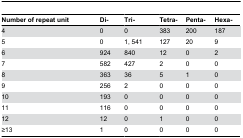
| Number of repeat unit | Di- | Tri- | Tetra- | Penta- | Hexa- |
 | --- | --- | --- | --- | --- | --- |
 | 4 | 0 | 0 | 383 | 200 | 187 |
 | 5 | 0 | 1, 541 | 127 | 20 | 9 |
 | 6 | 924 | 840 | 12 | 0 | 2 |
 | 7 | 582 | 427 | 2 | 0 | 0 |
 | 8 | 363 | 36 | 5 | 1 | 0 |
 | 9 | 256 | 2 | 0 | 0 | 0 |
 | 10 | 193 | 0 | 0 | 0 | 0 |
 | 11 | 116 | 0 | 0 | 0 | 0 |
 | 12 | 12 | 0 | 1 | 0 | 0 |
 | ≥13 | 1 | 0 | 0 | 0 | 0 |